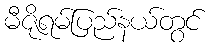
မီဇိုရမ်ပြည်နယ်တွင်